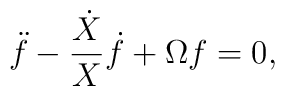
\ddot{f} -\frac{\dot{X} }{X }\dot{f} +\Omega f =0,